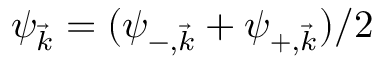
\psi _ { \vec { k } } = ( \psi _ { - , \vec { k } } + \psi _ { + , \vec { k } } ) / 2